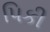
પિકી